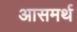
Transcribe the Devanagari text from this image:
आसमर्थ